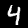
Digit: 4